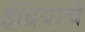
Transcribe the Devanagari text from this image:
इंद्रियाचे